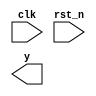
module top_calc(
clk,rst_n,
y
);

input clk;
input rst_n;
output y;


endmodule